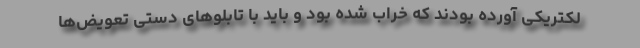
لکتریکی آورده بودند که خراب شده بود و باید با تابلوهای دستی تعویض‌ها